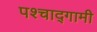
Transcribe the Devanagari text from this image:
पश्चाद्गामी